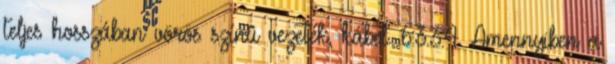
teljes hosszában vörös színû vezeték, kábel. 6.3.3.4. Amennyiben a